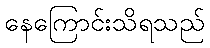
နေကြောင်းသိရသည်